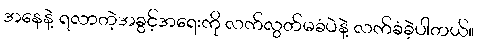
အနေနဲ့ ရလာတဲ့အခွင့်အရေးကို လက်လွတ်မခံပဲနဲ့ လက်ခံခဲ့ပါတယ်။